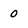
Character: 0